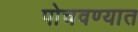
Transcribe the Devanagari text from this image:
पोचवण्यात